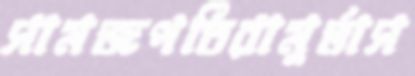
সামজপতিরামুর্ভাস